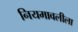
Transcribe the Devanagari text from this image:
नियमावलीला